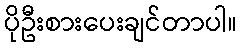
ပိုဦးစားပေးချင်တာပါ။